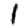
Digit: 1